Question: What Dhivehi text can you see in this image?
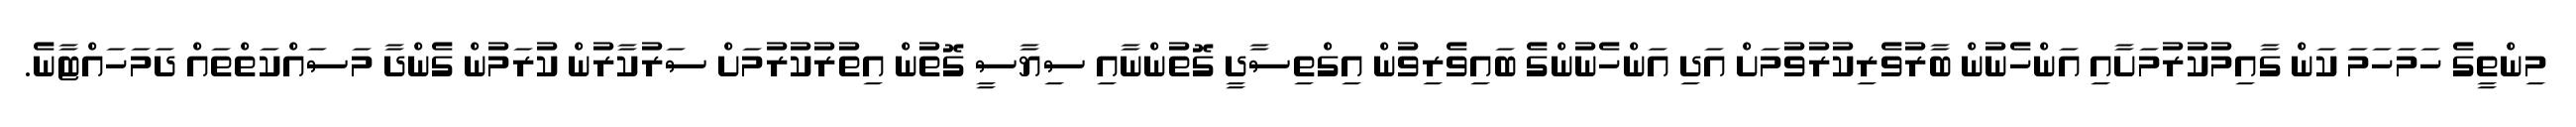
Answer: މިންތީގެ ހަމަހަމަ ކަން ގާއިމުކުރުމަށާއި އަންހެނުން ބާރުވެރިކުރުވުމަށް އަދި އަންހެނުންގެ ބައިވެރިވުން އިގްތިސާދީ ގޮތުންނާއި ސިޔާސީ ގޮތުން އިތުރުކުރުމަށް ސަރުކާރުން ކުރަމުން ގެންދާ މަސައްކަތްތައް ދަމަހައްޓާނެ.